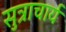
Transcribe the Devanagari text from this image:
सुत्राचार्य